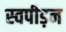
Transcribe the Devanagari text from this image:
स्वपीड़न